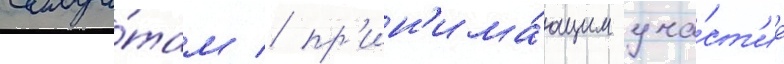
солда́там / пр'ин'има́ющим уча́ст'ие